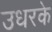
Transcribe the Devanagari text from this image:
उधरके